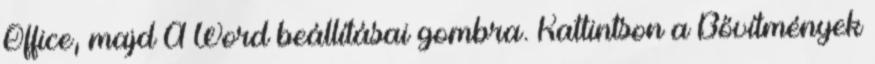
Office, majd A Word beállításai gombra. Kattintson a Bővítmények